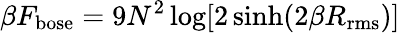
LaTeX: \beta F_{\mathrm{bose}}=9N^{2}\log[2\sinh(2\beta R_{\mathrm{rms}})]